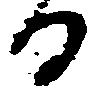
る